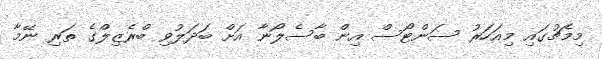
މިމެޗުގައި މިއަހަރު ސަންޓޯސް އިން ބާސެލޯނާ އަށް ބަދަލުވި ބްރެޒިލްގެ ތަރި ނޭމާ